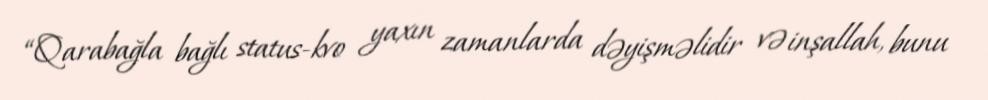
“Qarabağla bağlı status-kvo yaxın zamanlarda dəyişməlidir və inşallah, bunu